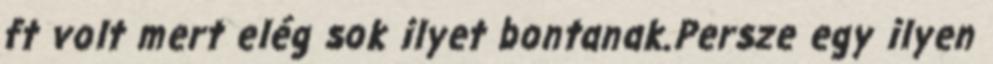
ft volt mert elég sok ilyet bontanak.Persze egy ilyen